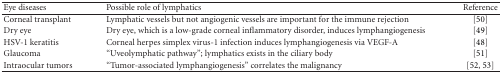
<table><thead><tr><td><b>Eye diseases</b></td><td><b>Possible role of lymphatics</b></td><td><b>Reference</b></td></tr></thead><tbody><tr><td>Corneal transplant</td><td>Lymphatic vessels but not angiogenic vessels are important for the immune rejection</td><td>[50]</td></tr><tr><td>Dry eye</td><td>Dry eye, which is a low-grade corneal inflammatory disorder, induces lymphangiogenesis</td><td>[49]</td></tr><tr><td>HSV-1 keratitis</td><td>Corneal herpes simplex virus-1 infection induces lymphangiogenesis via VEGF-A</td><td>[48]</td></tr><tr><td>Glaucoma</td><td>“Uveolymphatic pathway”; lymphatics exists in the ciliary body</td><td>[51]</td></tr><tr><td>Intraocular tumors</td><td>“Tumor-associated lymphangiogenesis” correlates the malignancy</td><td>[52, 53]</td></tr></tbody></table>